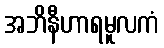
အဘိနီဟာရမူလကံ